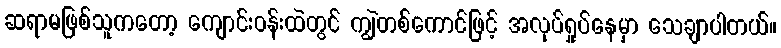
ဆရာမဖြစ်သူကတော့ ကျောင်းဝန်းထဲတွင် ကျွဲတစ်ကောင်ဖြင့် အလုပ်ရှုပ်နေမှာ သေချာပါတယ်။